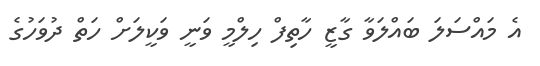
އެ މައްސަލަ ބައްލަވާ ގާޒީ ހާތިފް ހިލްމީ ވަނީ ވަކީލަށް ހަތް ދުވަހުގެ